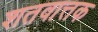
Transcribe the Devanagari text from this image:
शतवात्तक